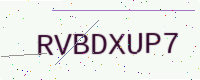
Text: RVBDXUP7